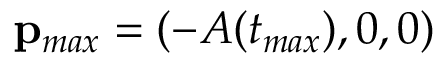
\mathbf { p } _ { m a x } = ( - A ( t _ { m a x } ) , 0 , 0 )